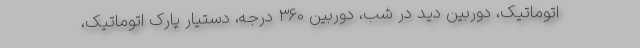
اتوماتیک، دوربین دید در شب، دوربین 360 درجه، دستیار پارک اتوماتیک،